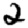
Digit: 2